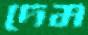
দেম